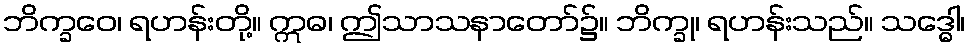
ဘိက္ခဝေ၊ ရဟန်းတို့။ ဣဓ၊ ဤသာသနာတော်၌။ ဘိက္ခု၊ ရဟန်းသည်။ သဒ္ဓေါ၊